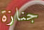
جنازة